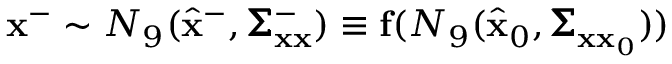
\mathbf { x } ^ { - } \sim N _ { 9 } ( \hat { \mathbf { x } } ^ { - } , \pmb { \Sigma } _ { \mathbf { x } \mathbf { x } } ^ { - } ) \equiv \mathbf { f } ( N _ { 9 } ( \hat { \mathbf { x } } _ { 0 } , \pmb { \Sigma } _ { \mathbf { x } \mathbf { x } _ { 0 } } ) )